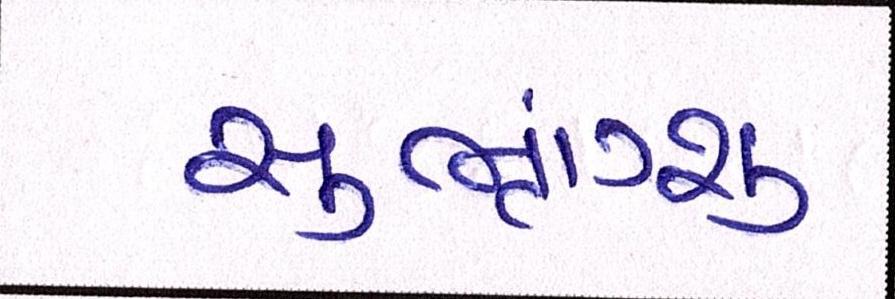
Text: સુભ્રાંગ્શુ